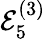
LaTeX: \mathcal{E}_{5}^{(3)}